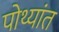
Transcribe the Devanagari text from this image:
पोथ्यांत